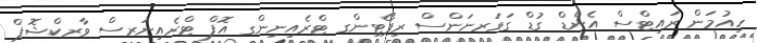
ހިއުމަން ރައިޓްސް އެންޑް ގުޑް ގަވަރނަންސް ރިޕޯޓިންގ ޓްރެއިނިންގ އޮފް ޓްރެއިނަރސް ވާރކްޝޮޕް